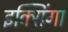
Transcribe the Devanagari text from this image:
इक्सिंगा